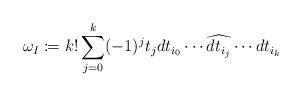
LaTeX: \begin{align*}\omega_I\coloneqq k!\sum_{j=0}^k(-1)^jt_jdt_{i_0}\cdots\widehat{dt_{i_j}}\cdots dt_{i_k}\end{align*}